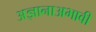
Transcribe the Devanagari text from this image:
अज्ञानाअभावी